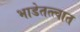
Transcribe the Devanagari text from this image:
भाडेतत्त्वात